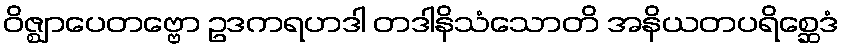
ဝိဇ္ဈာပေတဗ္ဗော ဥဒကရဟဒါ တဒါနိသံသောတိ အနိယတပရိစ္ဆေဒံ